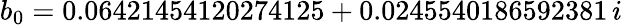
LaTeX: b_{0}=0.06421454120274125+0.0245540186592381\, i